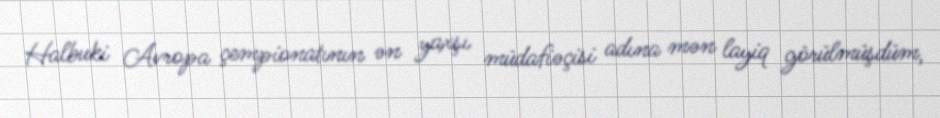
Halbuki Avropa çempionatının ən yaxşı müdafiəçisi adına mən layiq görülmüşdüm,